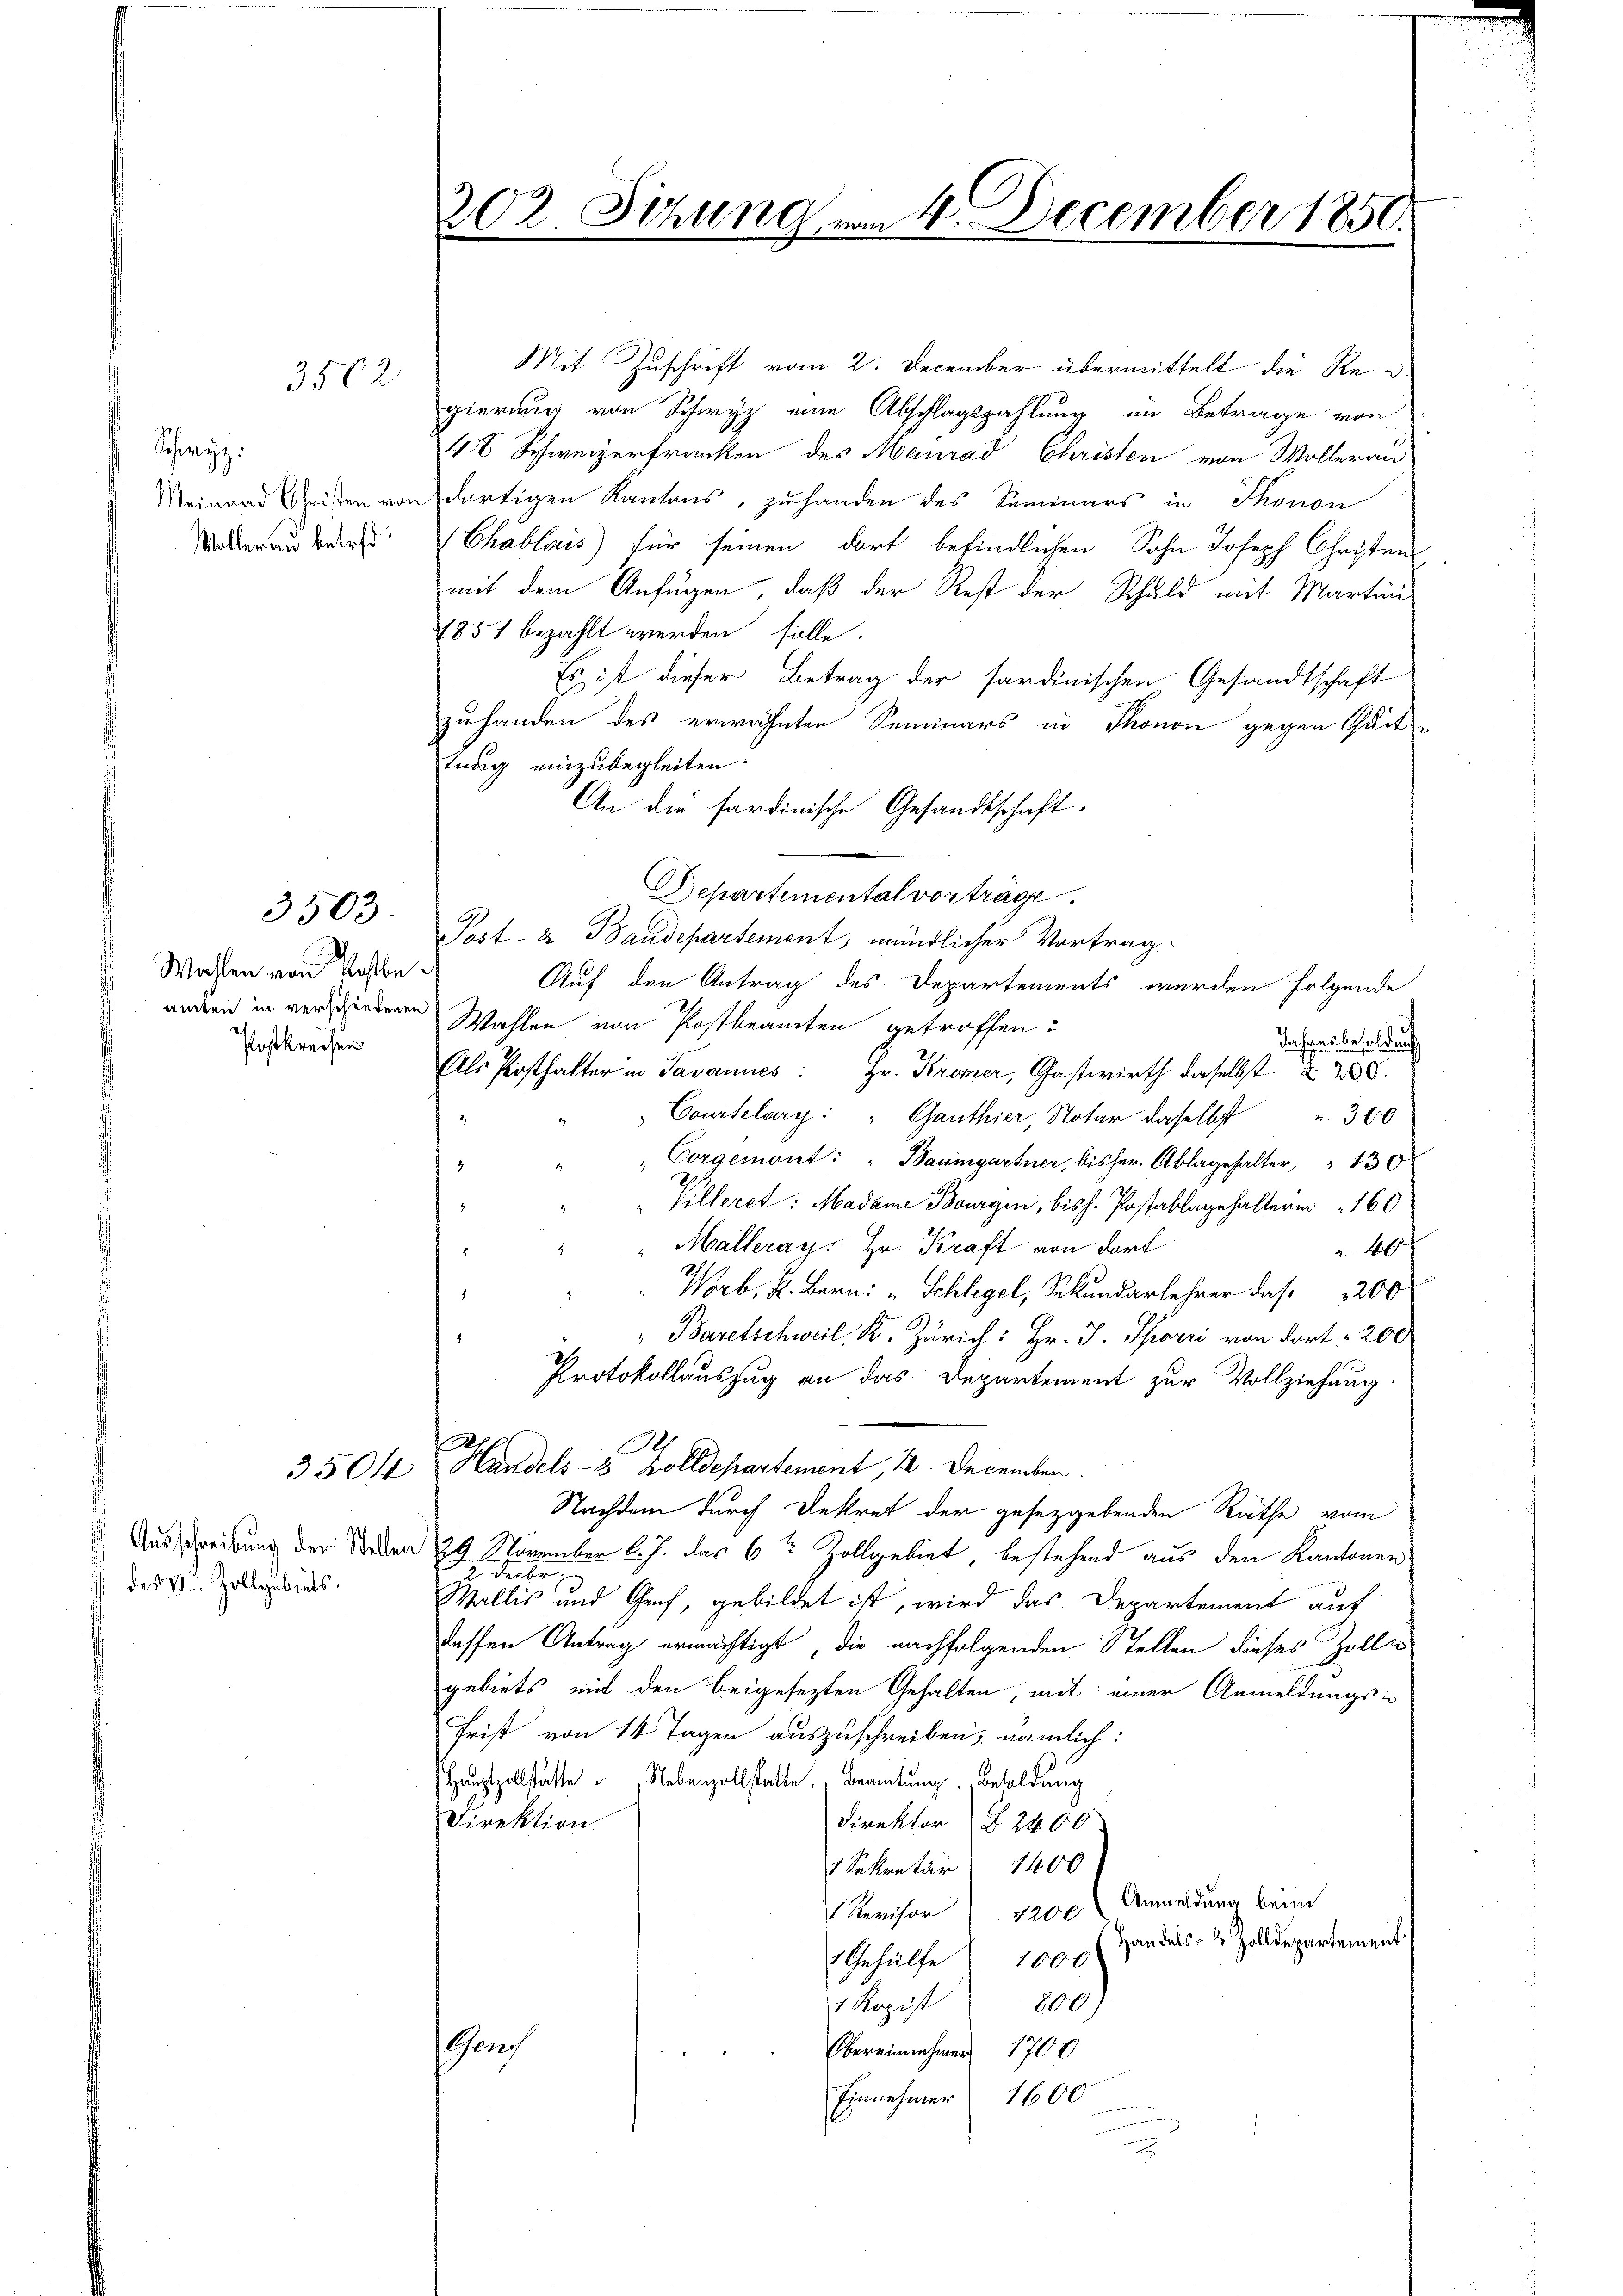
3502

Schwyz.
Meinrad Christen von
Wolleran betreff

Wahlen von Poste
amten in verschiedenen
Postkreisen

3503.

Ausschreibung der Stellen
 des II. Zollgebiets,

202. Sitzung vom 4. December 1850.

Mit Zuschrift vom 2. December übermittelt die Regierung von Schwyz eine Abschlagszahlung im Betrage von
48 Schweizerfranken des Meinrad Christen von Wolleran
dortigen Kantons, zu handen des Seminars in Thonon
Chabloss für seinen dort befindlichen Sohn Joseph Christen
mit dem Anfügen, daß der Rest der Schuld mit Martin
1857 bezahlt werden solle.
Es ist dieser Betrag der sardinischen Gesandtschaft
zuhanden des erwähnten Seminars in Thonon gegen Quititung einzubegleiten.
An die sardinische Gesandtschaft
Departemental vortrage.
Post- & Baudepartement, mündlicher Vortrag.
Auf den Antrag des Departements werden Folgende
Wahlen von Postbeamten getroffen:
Jahresbesoldung,
Als Posthafter in Savannes: Hr. Kromer, Gastwirth daselbst 280.
Courtelary: " Ganthier, Notar daselbst
300
Corgemont: " Baumgartner, bisher. Ablagehalter, " 430
"Villeret: Madame Bourgen, bish. Postablagehalterin 160
Malleray. Hr. Kraft von dort
 40
Worb. K. Bern: „Schlegel, Sekundarlehrer das 200
Baretschweil, K. Zürich: Hr. J. Spörri von dort. 200
Protokollauszug an das Departement zur Vollziehung.
3504 Handels- & Zolldepartement, 2. December
Nachdem durch Dekret der gesetzgebenden Räthe vom
29 November l. J. das 6te Zollgebiet, bestehend aus den Kantonen
2 Decbr.
Wallis und Genf, gebildet ist, wird das Departement auf
dessen Antrag ermächtigt, die nachfolgenden Stellen dieses Zolle
gebiets mit den beigesezten Gehalten, mit einer Anmeldungsin
Frist von 14 Tagen auszuschreiben, nämlich:
Hauptzollstatte. Nebenzollstatte. Beamtung. Besoldung
Direktion.
Direktor § 2400
1 Sekretär 1400
Anmeldung beim
1 Revisor
4200
Handels- & Zolldepartement
1 Gehülfe 1000
800)
1 Kopist
Gruf
Obereinnehmen 1700
Einnehmer 1600
2